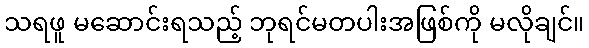
သရဖူ မဆောင်းရသည့် ဘုရင်မတပါးအဖြစ်ကို မလိုချင်။